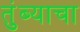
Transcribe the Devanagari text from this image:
तुंब्याचा